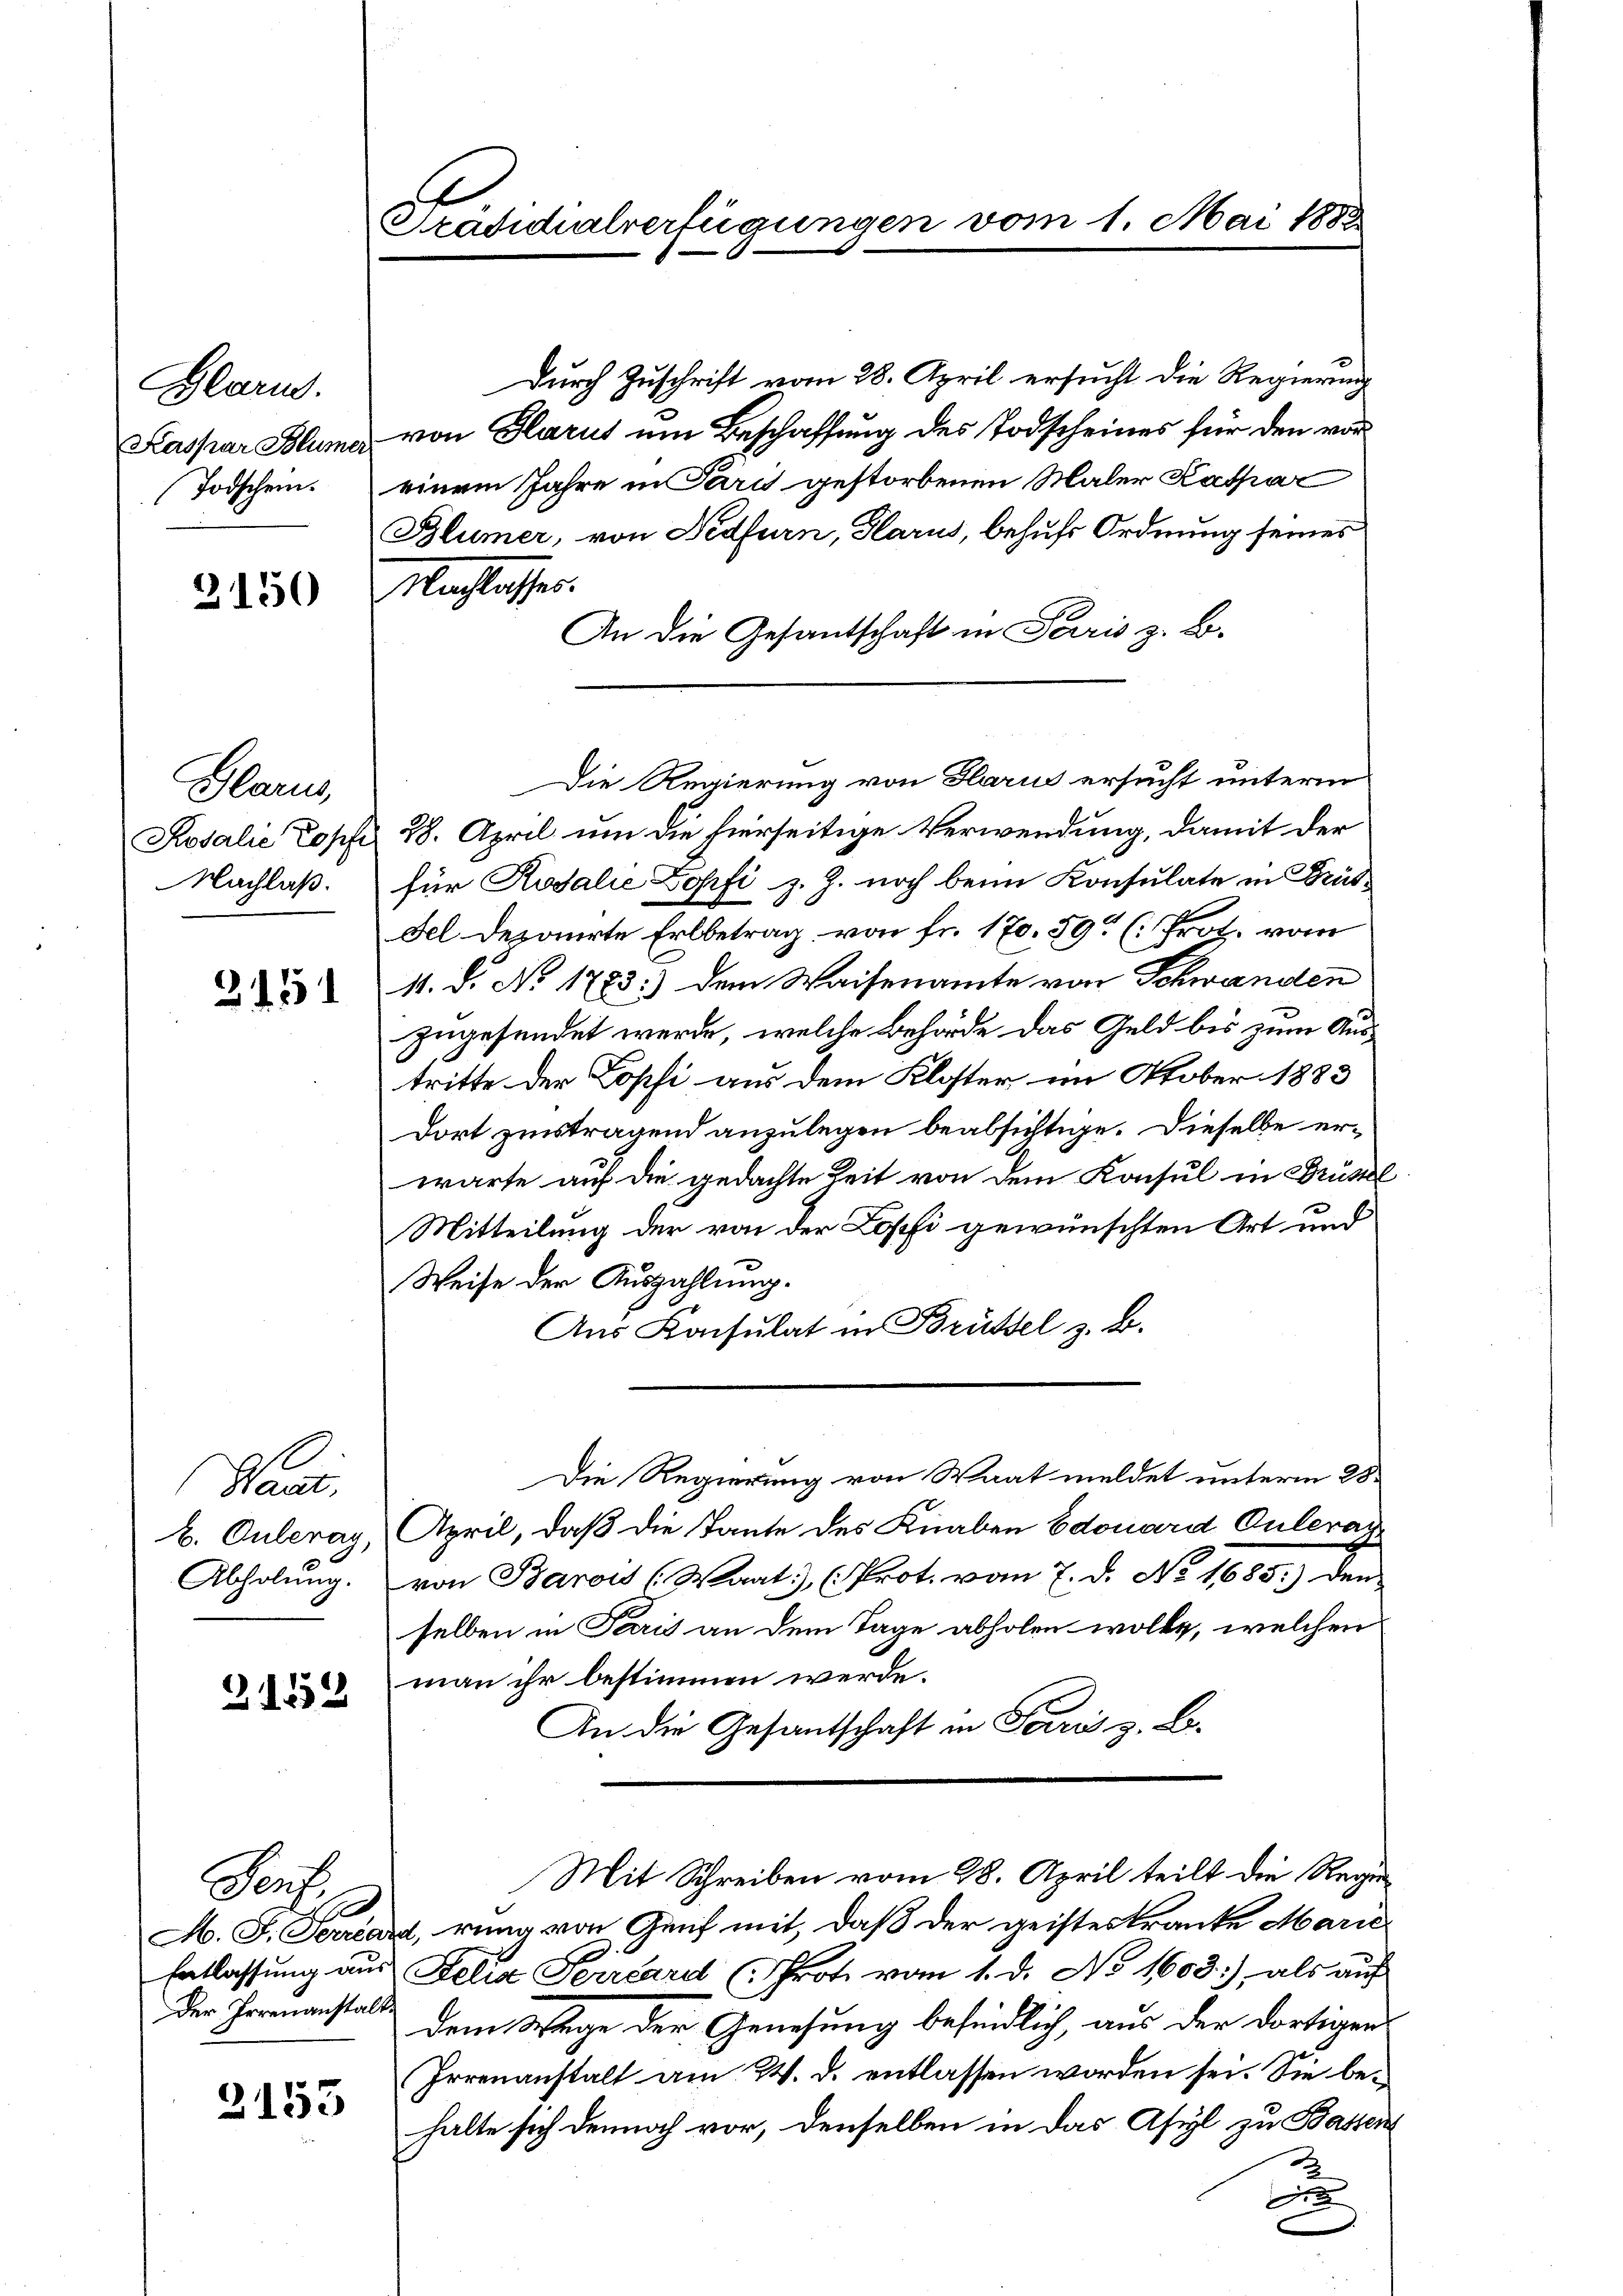
Glarus.
Kaspar Blümer
Todschein.

3150

Glarus,
Nachlaß.

Z. 151

Harus,
Abholŭng.

21552

Perf
Der Irrenanstalt

2153

Sradidialverfügungen vom 1. Mai 1882

Durch Zuschrift vom 28. April ersucht die Regierung
von Glarus um Beschaffung des Todscheines für den vor
einem Jahre in Paris gestorbenen Maler Kathać
Blümer, von Fedfurn, Glarus, behufs Ordnung seines
Nachlasser
An die Gesantschaft in Paris z. B.

Kosalie Topf 28. April um die hierseitige Verwendung, damit der
für Rosalie Zopfi z. Z. noch beim Konsulate in Brisdel deponirte Erlbetrag von fr. 170. 59 ( Prot. vom
11. d. No 1783.) dem Waisenamte von Schwanden
zugesendet werde, welche Behörde das Geld bis zum Austritte der Kopfi aus dem Kloster im Oktober 1883
Dort zinstragend anzulegen beabsichtige. Dieselbe er-
warte auf die gedachte Zeit von dem Konsul in Frühl
Mitteilung der von der Lopfi gewünschten Art und
Weise der Auszahlung.
Aus Konsulat in Brüssel z. B.
Die Regierung von Waat meldet unterm 28.
b. Ouleran April, daß die Tante des Knaben Edouard Onleran
von Barois (Waat), (Prot. vom 7. d. No. 1685:) den
selben in Paris an dem Tage abholen wolle, welchen
man ihr bestimmen werde.
An die Gesantschaft in Paris z. B.
Mit Schreiben vom 28. April teilt die Rege
g
M. F. Terrard, rung von Genf mit, daß der geisteskranke Marie
Entlassung aus Delia Perrard (Protz vom 1. d. No 1603:), als auf
dem Wege der Genesung befindlich, aus der dortigen
Irrenanstalt am 24. d. entlassen worden sei. Sie behalte sich dennoch vor, denselben in das Asyl zu Bassen
d

Die Regierung von Glarus ersucht unterm